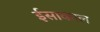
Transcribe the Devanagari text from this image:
ईसाकाल